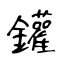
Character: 鑵